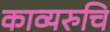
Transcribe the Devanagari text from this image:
काव्यरुचि